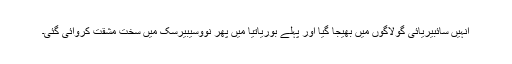
انہیں سائبیریائی گولاگوں میں بھیجا گیا اور پہلے بوریاتیا میں پھر نووسیبیرسک میں سخت مشقت کروائی گئی۔